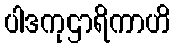
ပါဒကုဌာရိကာဟိ